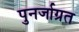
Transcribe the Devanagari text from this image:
पुनर्जाग्रत